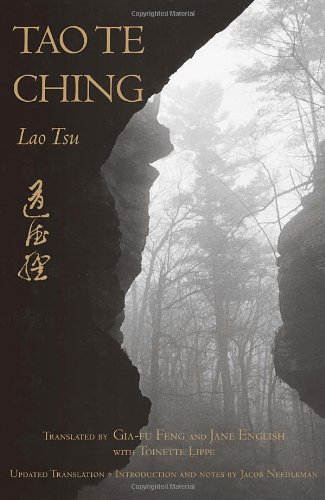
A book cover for Tao Te Ching: Text Only Edition; Lao Tsu; Religion & Spirituality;